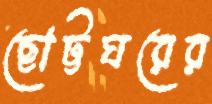
ছোট্টঘরের